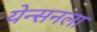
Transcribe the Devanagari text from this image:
येन्सनला